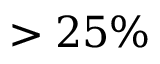
> 2 5 \%